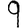
Digit: 9